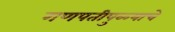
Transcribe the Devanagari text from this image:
गणपतीपुळ्याचे